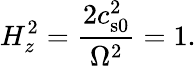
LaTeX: H_{z}^{2}=\frac{2c_{\mathrm{s0}}^{2}}{\Omega^{2}}=1.